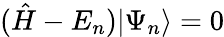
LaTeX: ({\hat{H}}-E_{n})|\Psi_{n}\rangle=0